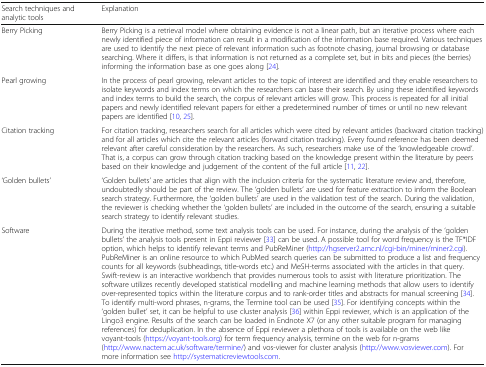
| Search techniques and analytic tools | Explanation |
 | --- | --- |
 | Berry Picking | Berry Picking is a retrieval model where obtaining evidence is not a linear path, but an iterative process where each newly identified piece of information can result in a modification of the information base required. Various techniques are used to identify the next piece of relevant information such as footnote chasing, journal browsing or database searching. Where it differs, is that information is not returned as a complete set, but in bits and pieces (the berries) informing the information base as one goes along [24]. |
 | Pearl growing | In the process of pearl growing, relevant articles to the topic of interest are identified and they enable researchers to isolate keywords and index terms on which the researchers can base their search. By using these identified keywords and index terms to build the search, the corpus of relevant articles will grow. This process is repeated for all initial papers and newly identified relevant papers for either a predetermined number of times or until no new relevant papers are identified [10, 25]. |
 | Citation tracking | For citation tracking, researchers search for all articles which were cited by relevant articles (backward citation tracking) and for all articles which cite the relevant articles (forward citation tracking). Every found reference has been deemed relevant after careful consideration by the researchers. As such, researchers make use of the ‘knowledgeable crowd’. That is, a corpus can grow through citation tracking based on the knowledge present within the literature by peers based on their knowledge and judgement of the content of the full article [11, 22]. |
 | ‘Golden bullets’ | ‘Golden bullets’ are articles that align with the inclusion criteria for the systematic literature review and, therefore, undoubtedly should be part of the review. The ‘golden bullets’ are used for feature extraction to inform the Boolean search strategy. Furthermore, the ‘golden bullets’ are used in the validation test of the search. During the validation, the reviewer is checking whether the ‘golden bullets’ are included in the outcome of the search, ensuring a suitable search strategy to identify relevant studies. |
 | Software | During the iterative method, some text analysis tools can be used. For instance, during the analysis of the ‘golden bullets’ the analysis tools present in Eppi reviewer [33] can be used. A possible tool for word frequency is the TF*IDF option, which helps to identify relevant terms and PubReMiner (http://hgserver2.amc.nl/cgi-bin/miner/miner2.cgi). PubReMiner is an online resource to which PubMed search queries can be submitted to produce a list and frequency counts for all keywords (subheadings, title-words etc.) and MeSH-terms associated with the articles in that query.Swift-review is an interactive workbench that provides numerous tools to assist with literature prioritization. The software utilizes recently developed statistical modelling and machine learning methods that allow users to identify over-represented topics within the literature corpus and to rank-order titles and abstracts for manual screening [34].To identify multi-word phrases, n-grams, the Termine tool can be used [35]. For identifying concepts within the ‘golden bullet’ set, it can be helpful to use cluster analysis [36] within Eppi reviewer, which is an application of the Lingo3 engine. Results of the search can be loaded in Endnote X7 (or any other suitable program for managing references) for deduplication. In the absence of Eppi reviewer a plethora of tools is available on the web like voyant-tools (https://voyant-tools.org) for term frequency analysis, termine on the web for n-grams (http://www.nactem.ac.uk/software/termine/) and vos-viewer for cluster analysis (http://www.vosviewer.com). For more information see http://systematicreviewtools.com. |